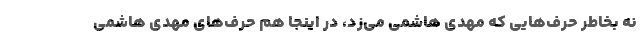
نه بخاطر حرف‌هایی که مهدی هاشمی می‌زد، در اینجا هم حرف‌های مهدی هاشمی